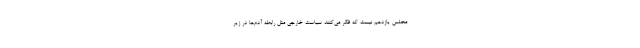
مجلس یازدهم نیست که فکر می‌کنند سیاست خارجی مثل رابطه آدم‌ها در زیر